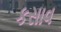
કસાવ